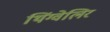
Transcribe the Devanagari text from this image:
थिंग्वेलिर